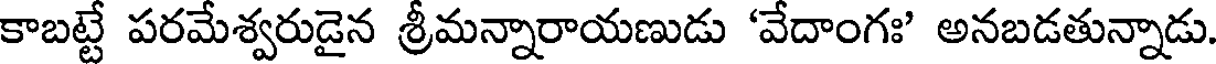
కాబట్టే పరమేశ్వరుడైన శ్రీమన్నారాయణుడు 'వేదాంగః' అనబడతున్నాడు.